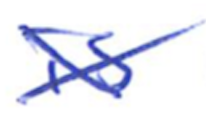
Text: is
Cross-out: cross
Writing tool: ballpoint